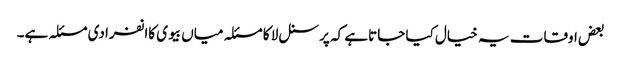
بعض اوقات یہ خیال کیا جاتاہے کہ پرسنل لا کا مسئلہ میاں بیوی کاانفرادی مسئلہ ہے۔